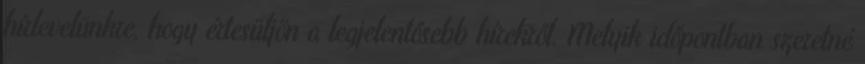
hírlevelünkre, hogy értesüljön a legjelentősebb hírekről. Melyik időpontban szeretné